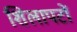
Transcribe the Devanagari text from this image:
शिलापटों